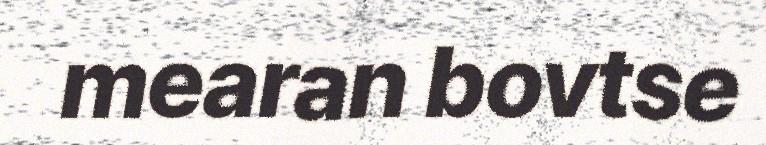
mearan bovtse